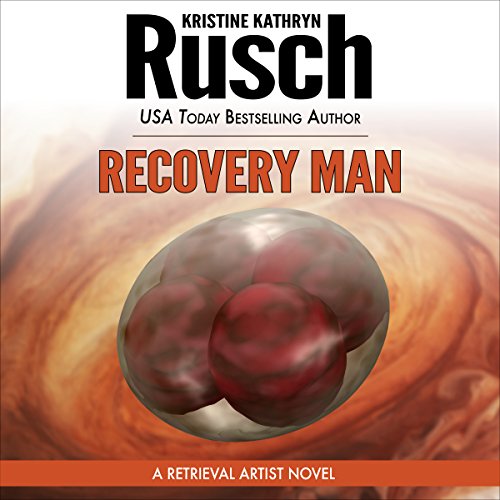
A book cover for Recovery Man: A Retrieval Artist Novel; Kristine Kathryn Rusch; Science Fiction & Fantasy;